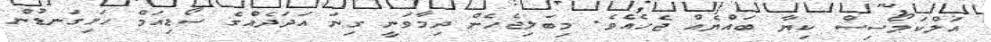
އަލްކަލޯސިސް ކިޔާ ބައްޔެއް ޖެހެއެވެ. މިބަލިޖެހެން ދިމާވަނީ ގިނަ އަދަދެއްގެ ސޯޑިއަމް ހަށިގަނޑުން